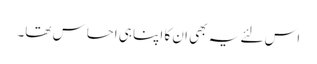
اس لئے یہ بھی ان کا اپنا ہی احساس تھا۔